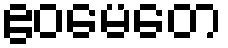
ဧဝမေတေ